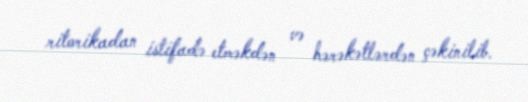
ritorikadan istifadə etməkdən və hərəkətlərdən çəkinilib.